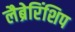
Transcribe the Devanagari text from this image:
लैब्रेरिंशिप